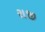
રાજી